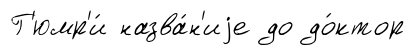
Г'юмр'и́ назва́н'иjе до до́ктор